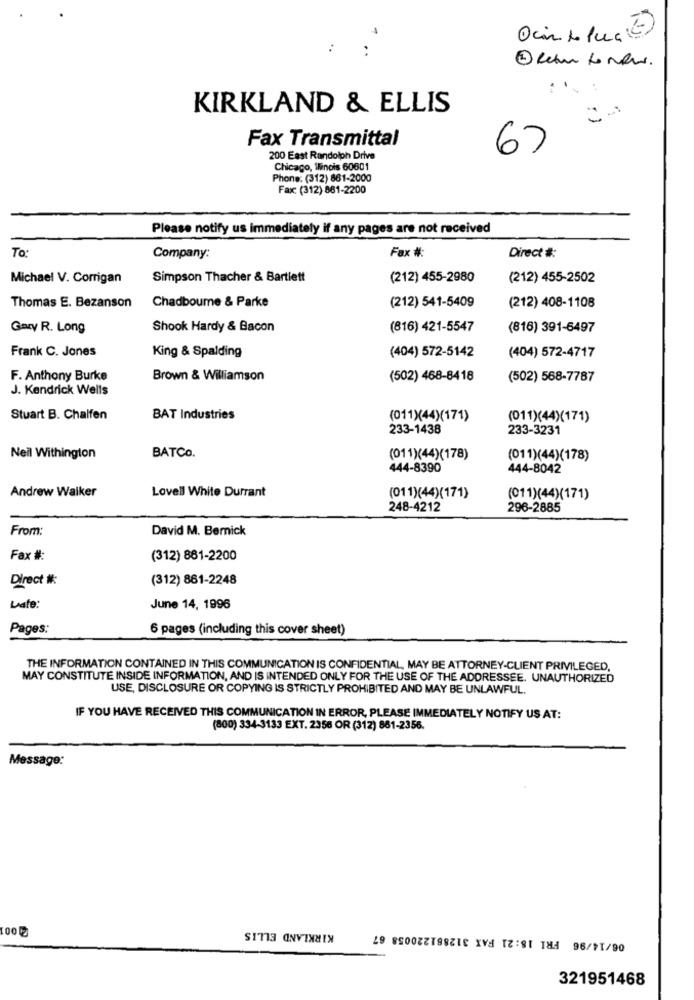
Ocinto PuG(E)
KIRKLAND & ELLIS
Fax Transmittal
67
200 East Randolph Drive
Chicago, Ilinois 60601
Phone: (312) 861-2000
Fax: (312) 861-2200
Please notify us immediately if any pages are not received
To
Direct #:
Company:
Fax #:
Michael V. Corrigan
Simpson Thacher & Bartlett
(212) 455-2980
(212) 455-2502
Chadboume & Parke
(212) 541-5409
Thomas E. Bezanson
(212) 408-1108
Gary R. Long
Shook Hardy & Bacon
(816) 421-5547
(816) 391-6497
Frank C. Jones
King & Spalding
(404) 572-4717
(404) 572-5142
F. Anthony Burke
Brown & Williamson
(502) 468-8418
(502) 568-7787
J. Kendrick Wells
Stuart B. Chalfen
BAT Industries
(011)(44)(171)
(011)(44)(171)
233-1438
233-3231
BATCO.
Neil Withington
(011)(44)(178)
(011)(44)(178)
444-8390
444-8042
Andrew Walker
Lovell White Durrant
(011)(44)(171)
(011)(44)(171)
248-4212
296-2885
From:
David M. Bernick
Fax #:
(312) 861-2200
Direct #:
(312) 861-2248
Date:
June 14, 1996
Pages:
6 pages (including this cover sheet)
THE INFORMATION CONTAINED IN THIS COMMUNICATION IS CONFIDENTIAL, MAY BE ATTORNEY-CLIENT PRIVILEGED,
MAY CONSTITUTE INSIDE INFORMATION, AND IS INTENDED ONLY FOR THE USE OF THE ADDRESSEE. UNAUTHORIZED
USE, DISCLOSURE OR COPYING IS STRICTLY PROHIBITED AND MAY BE UNLAWFUL.
IF YOU HAVE RECEIVED THIS COMMUNICATION IN ERROR, PLEASE IMMEDIATELY NOTIFY US AT:
(800) 334-3133 EXT. 2356 OR (312) 861-2356.
Message:
100
KIRKLAND ELLIS
06/14/96 FRI 18:21 FAX 312861220058 67
321951468